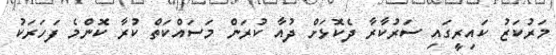
މަރުކަޒު ކައިރީގައި ސަރުކާރާ ދެކޮޅަށް ދުއާ ކުރަން މަސައްކަތް ކުރާ ކޮންމެ ފަހަރަކު